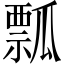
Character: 瓢